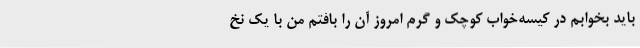
باید بخوابم در کیسه‌خواب کوچک و گرم امروز آن را بافتم من با یک نخ